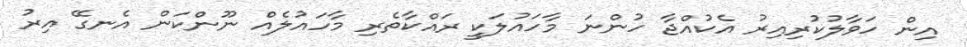
އިން ހަވާލުކުރިއިރު އެކުއްޖާ ހުންނަ މާހައުލަކީ ރައްކާތެރި މާހައުލެއް ނޫންކަން އެނގޭ އިރު